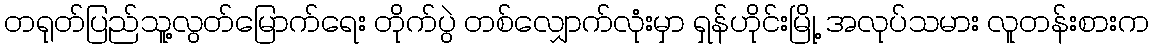
တရုတ်ပြည်သူ့လွတ်မြောက်ရေး တိုက်ပွဲ တစ်လျှောက်လုံးမှာ ရှန်ဟိုင်းမြို့ အလုပ်သမား လူတန်းစားက